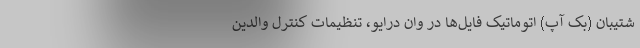
شتیبان (بک آپ) اتوماتیک فایل‌ها در وان درایو، تنظیمات کنترل والدین